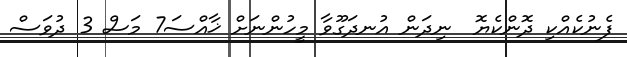
ފެނުކެއްކި ދޮންކެޔޮ  ނިދަން އުނދަގޫވާ މީހުންނަށް ޚާއްސަ7 މަސް 3 ދުވަސް